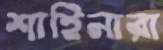
শাহিনারা